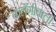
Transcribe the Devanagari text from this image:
कलँगीवाली